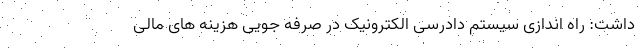
داشت: راه اندازی سیستم دادرسی الکترونیک در صرفه جویی هزینه های مالی